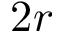
2 r